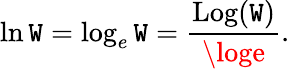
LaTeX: \ln\mathtt{W}=\log_{e}\mathtt{W}={\frac{{\operatorname{Log}(\mathtt{W})}}{{\loge}}}.